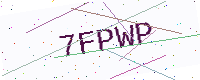
Text: 7FPWP